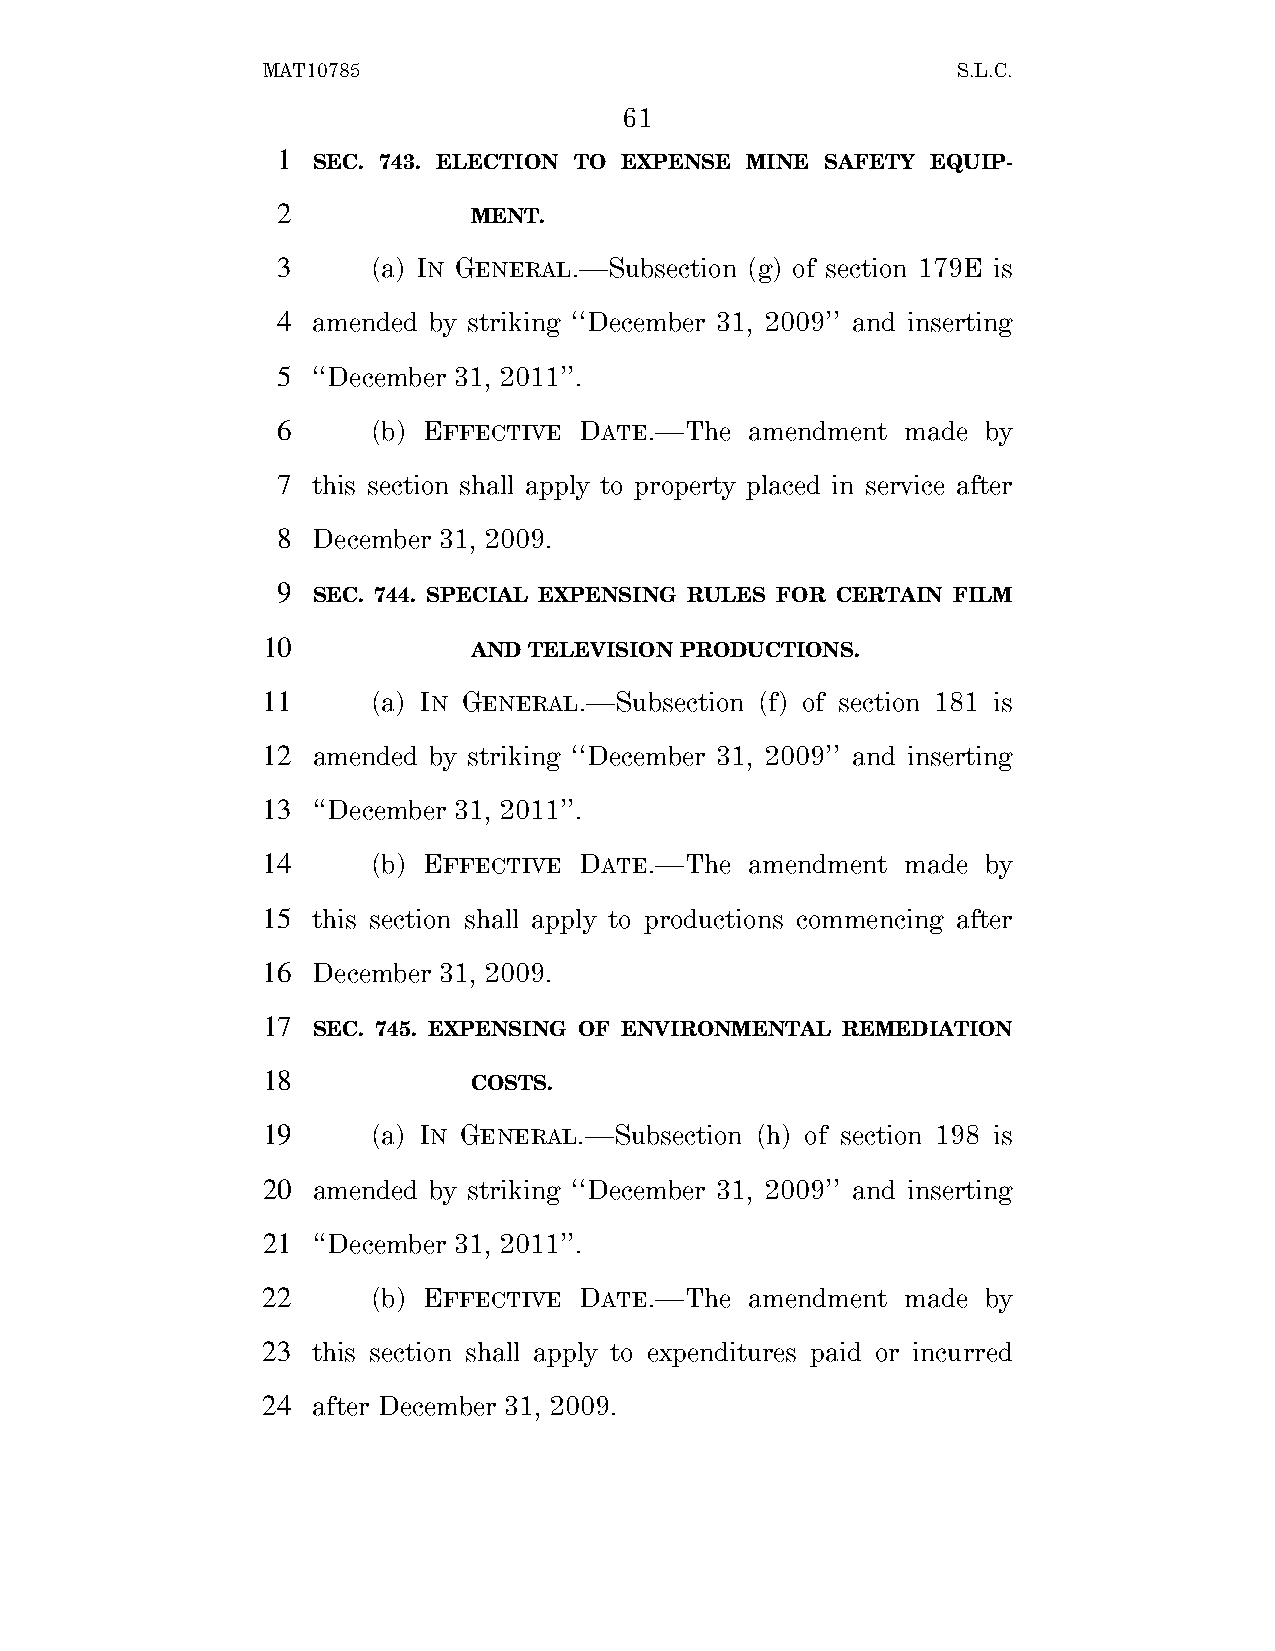
MAT10785                                      S.L.C.
 61
 1
 SEC. 743. ELECTION TO EXPENSE MINE SAFETY EQUIP-
 2
 MENT.
 3      (a) IN GENERAL.—Subsection (g) of section 179E is
 4  amended by striking ‘‘December 31, 2009’’ and inserting
 5  ‘‘December 31, 2011’’.
 6      (b) EFFECTIVE DATE.—The  amendment made by
 7  this section shall apply to property placed in service after
 8  December 31, 2009.
 9
 SEC. 744. SPECIAL EXPENSING RULES FOR CERTAIN FILM
 10
 AND TELEVISION PRODUCTIONS.
 11      (a) IN GENERAL.—Subsection (f) of section 181 is
 12  amended by striking ‘‘December 31, 2009’’ and inserting
 13  ‘‘December 31, 2011’’.
 14      (b) EFFECTIVE DATE.—The  amendment made by
 15  this section shall apply to productions commencing after
 16  December 31, 2009.
 17
 SEC. 745. EXPENSING OF ENVIRONMENTAL REMEDIATION
 18
 COSTS.
 19      (a) IN GENERAL.—Subsection (h) of section 198 is
 20  amended by striking ‘‘December 31, 2009’’ and inserting
 21  ‘‘December 31, 2011’’.
 22      (b) EFFECTIVE DATE.—The  amendment made by
 23  this section shall apply to expenditures paid or incurred
 24  after December 31, 2009.